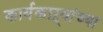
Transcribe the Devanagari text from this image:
कार्यकाऱ्यांच्या